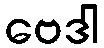
ဗေဒါ